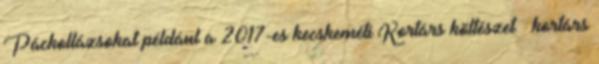
Páckollázsokat például a 2017-es kecskeméti Kortárs költészet – kortárs